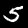
Label: 5